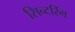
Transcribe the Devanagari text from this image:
सिन्टरिंग